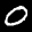
Label: 0